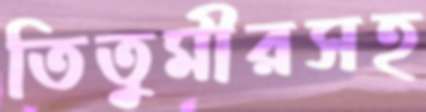
তিতুমীরসহ